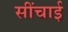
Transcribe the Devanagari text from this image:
सींचाई